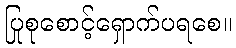
ပြုစုစောင့်ရှောက်ပရစေ။